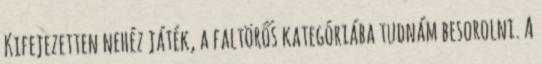
Kifejezetten nehéz játék, a faltörős kategóriába tudnám besorolni. A